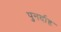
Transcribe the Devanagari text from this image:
पुनर्दाह